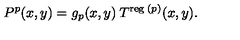
P ^ { p } ( x , y ) = g _ { p } ( x , y ) \: T ^ { \mathrm { \scriptsize { r e g } } \: ( p ) } ( x , y ) .